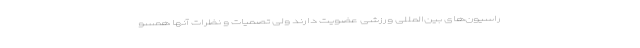
راسیون‌های بین‌المللی ورزشی عضویت دارند ولی تصمیات و نظرات آنها همسو